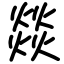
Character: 燚